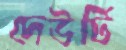
দেউটি